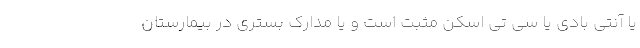
یا آنتی بادی یا سی تی اسکن مثبت است و یا مدارک بستری در بیمارستان